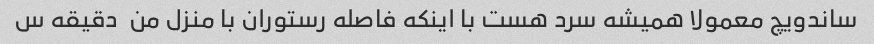
ساندویچ معمولا همیشه سرد هست با اینکه فاصله رستوران با منزل من  دقیقه س